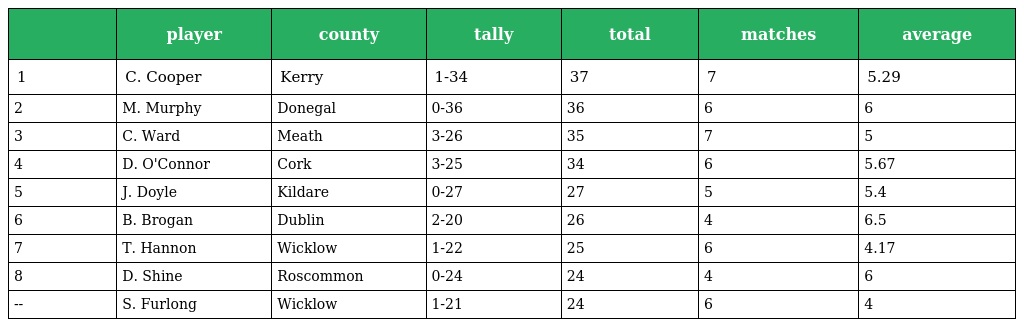
|  | player | county | tally | total | matches | average |
 | --- | --- | --- | --- | --- | --- | --- |
 | 1 | C. Cooper | Kerry | 1-34 | 37 | 7 | 5.29 |
 | 2 | M. Murphy | Donegal | 0-36 | 36 | 6 | 6 |
 | 3 | C. Ward | Meath | 3-26 | 35 | 7 | 5 |
 | 4 | D. O'Connor | Cork | 3-25 | 34 | 6 | 5.67 |
 | 5 | J. Doyle | Kildare | 0-27 | 27 | 5 | 5.4 |
 | 6 | B. Brogan | Dublin | 2-20 | 26 | 4 | 6.5 |
 | 7 | T. Hannon | Wicklow | 1-22 | 25 | 6 | 4.17 |
 | 8 | D. Shine | Roscommon | 0-24 | 24 | 4 | 6 |
 | -- | S. Furlong | Wicklow | 1-21 | 24 | 6 | 4 |